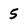
Character: 5